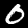
Label: 0